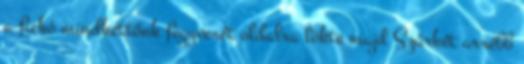
a fickó mindkettőnk fegyverét oldalra lökte majd Szürkét arrébb